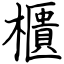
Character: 櫃